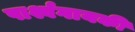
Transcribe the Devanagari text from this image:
पार्श्वगायकी